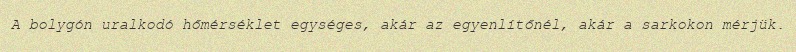
A bolygón uralkodó hőmérséklet egységes, akár az egyenlítőnél, akár a sarkokon mérjük.